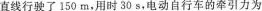
直线行驶了150m，用时30s，电动自行车的牵引力为